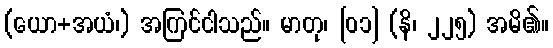
(ယော+အယံ၊) အကြင်ငါသည်။ မာတု၊ [၀၁] (နိ၊ ၂၂၅) အမိ၏။